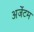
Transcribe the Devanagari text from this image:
अर्जेटम